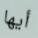
أيها